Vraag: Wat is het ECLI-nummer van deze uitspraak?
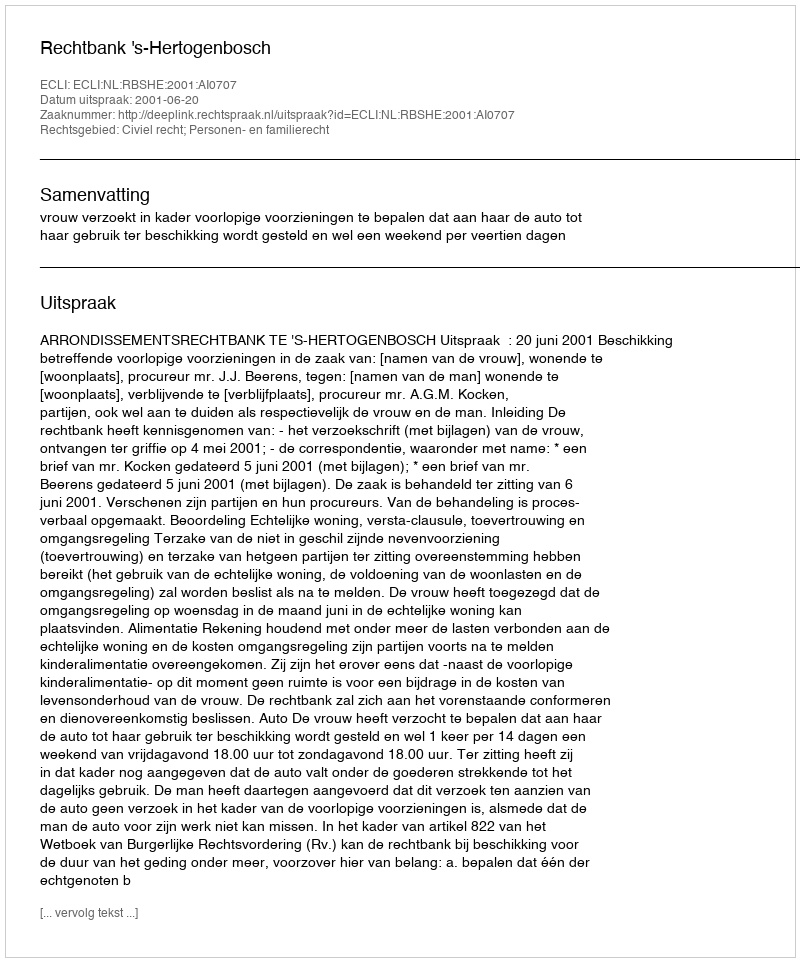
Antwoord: ECLI:NL:RBSHE:2001:AI0707